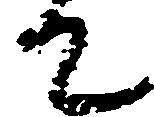
て